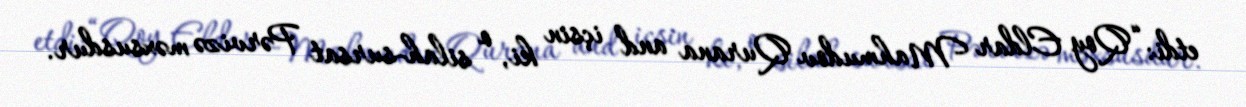
etdi: “Qoy Eldar Mahmudov Qurana and içsin ki, o silah-sursat Pərvizə məxsusdur.